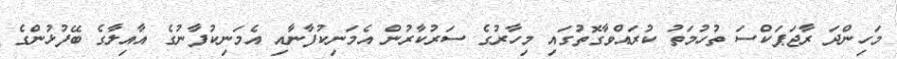
މަހިންދަ ރާޖަޕަކްސަ ތުހުމަތު ކުރައްވާގޮތުގައި މިހާރުގެ ސަރުކާރުން އެމަނިކުފާނާއި އެމަނިކުފާނުގެ އާއިލާގެ ބޭފުޅުންގެ